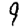
Digit: 9